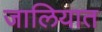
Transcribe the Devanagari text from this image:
जालियात